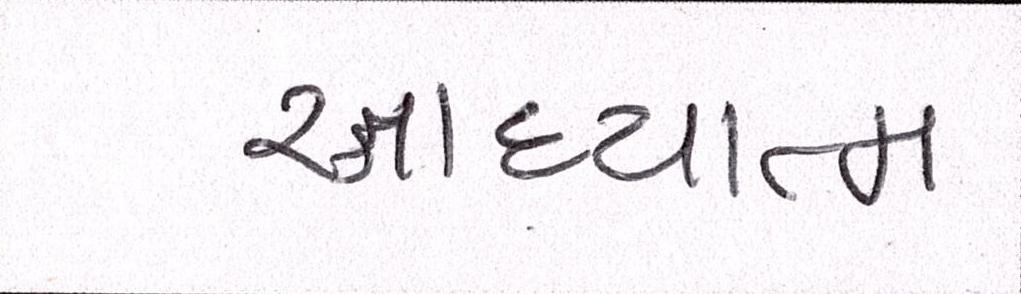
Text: આધ્યાત્મ